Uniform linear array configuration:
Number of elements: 12
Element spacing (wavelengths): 0.75
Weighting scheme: cosine
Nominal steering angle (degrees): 60
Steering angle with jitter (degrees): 60.398
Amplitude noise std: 0.05
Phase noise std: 0.05

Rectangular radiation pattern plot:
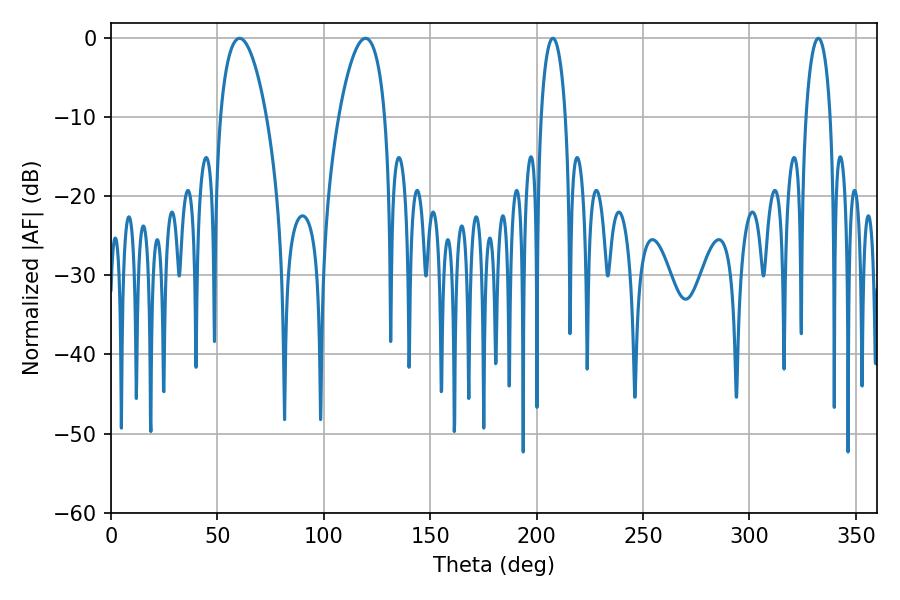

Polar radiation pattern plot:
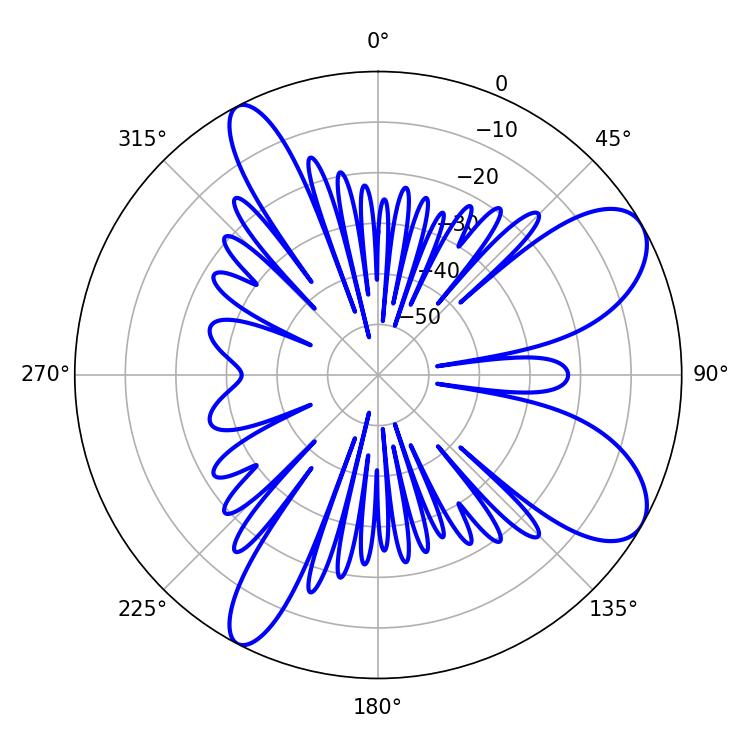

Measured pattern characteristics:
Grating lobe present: TRUE
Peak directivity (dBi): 8.558
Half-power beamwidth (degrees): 12.24
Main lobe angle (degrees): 60.48